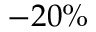
- 2 0 \%